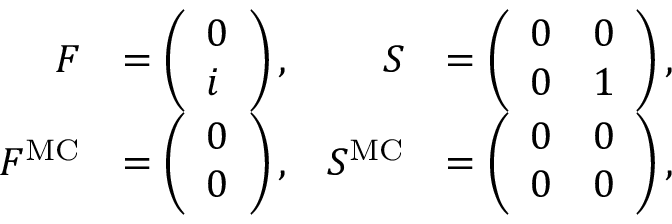
\begin{array} { r l r l } { F } & { = \left( \begin{array} { l } { 0 } \\ { i } \end{array} \right) , } & { S } & { = \left( \begin{array} { l l } { 0 } & { 0 } \\ { 0 } & { 1 } \end{array} \right) , } \\ { F ^ { \mathrm { M C } } } & { = \left( \begin{array} { l } { 0 } \\ { 0 } \end{array} \right) , } & { S ^ { \mathrm { M C } } } & { = \left( \begin{array} { l l } { 0 } & { 0 } \\ { 0 } & { 0 } \end{array} \right) , } \end{array}